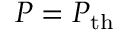
P = P _ { \mathrm { t h } }